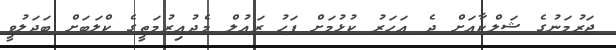
ޖަރުމަނުގެ ޝަލްކާއަށް ދެ އަހަރު ކުޅުމަށް ފަހު ރައުލް މެދުއިރުމަތީގެ ކްލަބަށް ބަދަލުވީ